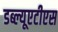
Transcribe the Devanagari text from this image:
डब्ल्यूएटीएस